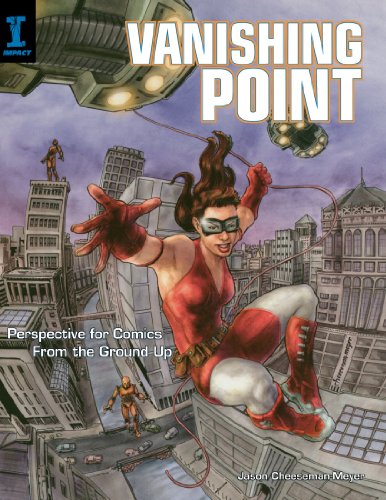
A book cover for Vanishing Point: Perspective for Comics from the Ground Up; Jason Cheeseman-Meyer; Comics & Graphic Novels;